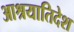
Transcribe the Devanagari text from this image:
आश्रयातिदेश